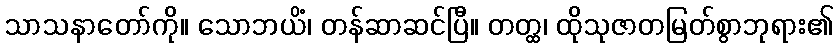
သာသနာတော်ကို။ သောဘယိံ၊ တန်ဆာဆင်ပြီ။ တတ္ထ၊ ထိုသုဇာတမြတ်စွာဘုရား၏